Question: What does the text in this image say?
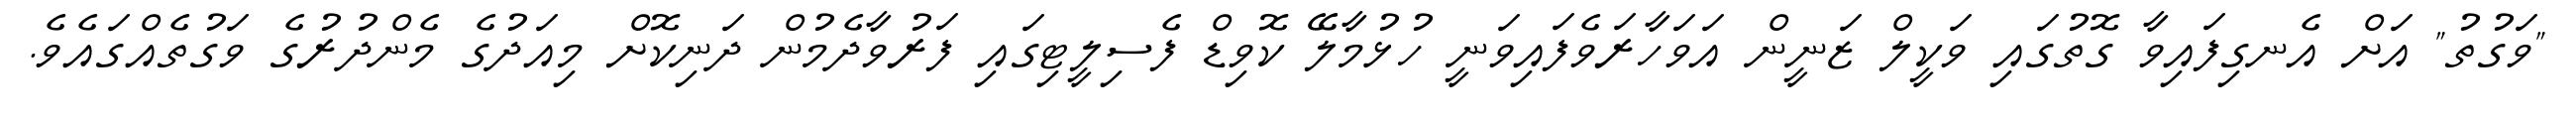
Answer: "ވަގުތު" އަށް އެނގިފައިވާ ގޮތުގައި ވަކީލް ޒަނީން އަވަހާރަވެފައިވަނީ ހުޅުމާލޭ ކޮވިޑް ފެސިލީޓިގައި ފަރުވާދެމުން ދަނިކޮށް މިއަދުގެ މެންދުރުގެ ވަގުތެއްގައެވެ.